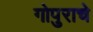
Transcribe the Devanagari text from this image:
गोपुराचे